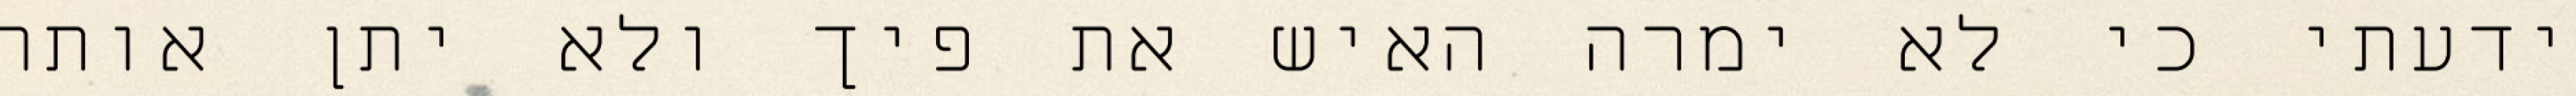
ידעתי כי לא ימרה האיש את פיך ולא יתן אותה